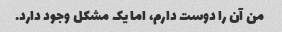
من آن را دوست دارم، اما یک مشکل وجود دارد.